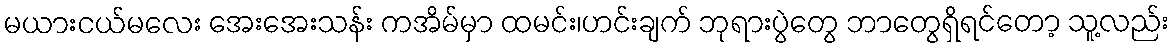
မယားငယ်မလေး အေးအေးသန်း ကအိမ်မှာ ထမင်း၊ဟင်းချက် ဘုရားပွဲတွေ ဘာတွေရှိရင်တော့ သူ့လည်း